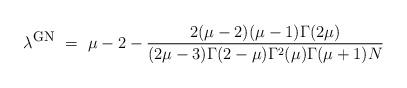
LaTeX: \begin{align*}\lambda^{\mbox{\footnotesize{GN}}} ~=~ \mu -2 - \frac{2(\mu-2)(\mu-1)\Gamma(2\mu)}{(2\mu-3)\Gamma(2-\mu)\Gamma^2(\mu)\Gamma(\mu+1)N}\end{align*}